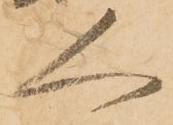
人